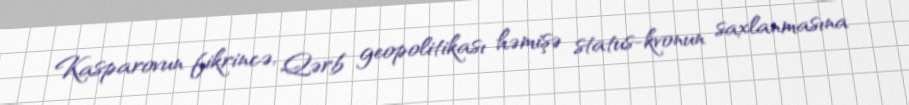
Kasparovun fikrincə, Qərb geopolitikası həmişə status-kvonun saxlanmasına